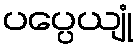
ပပ္ပေယျုံ